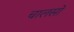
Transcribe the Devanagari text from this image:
चालसों